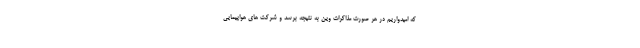
که امیدواریم در هر صورت مذاکرات وین به نتیجه برسد و شرکت های هواپیمایی